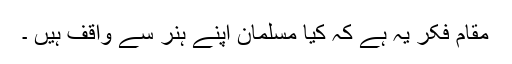
مقام فکر یہ ہے کہ کیا مسلمان اپنے ہنر سے واقف ہیں ۔